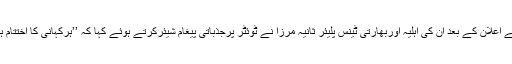
گزشتہ روز شعیب ملک کے ایک روزہ کرکٹ سے ریٹائرمنٹ کے اعلان کے بعد ان کی اہلیہ اوربھارتی ٹینس پلیئر ثانیہ مرزا نے ٹوئٹر پرجذباتی پیغام شیئرکرتے ہوئے کہا کہ ’’ہرکہانی کا اختتام ہے، لیکن اس زندگی میں ہراختتام کی ایک نئی شروعات ہوتی ہے۔